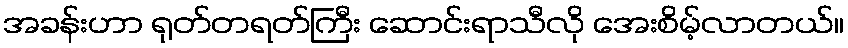
အခန်းဟာ ရုတ်တရတ်ကြီး ဆောင်းရာသီလို အေးစိမ့်လာတယ်။